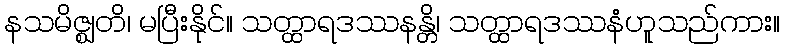
နသမိဇ္ဈတိ၊ မပြီးနိုင်။ သတ္ထာရဒဿနန္တိ၊ သတ္ထာရဒဿနံဟူသည်ကား။